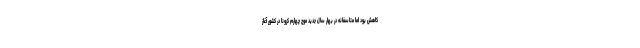
کاهش بود اما متاسفانه در بهار سال جدید موج چهارم کرونا در کشور آغاز